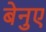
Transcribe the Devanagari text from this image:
बेनुए